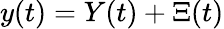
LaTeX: \begin{array}{r}{y(t)=Y(t)+\Xi(t)}\end{array}